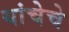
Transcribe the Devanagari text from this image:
यांचेचे